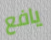
يافع